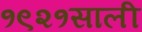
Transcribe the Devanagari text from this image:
१९२१साली